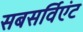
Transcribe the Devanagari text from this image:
सबसर्विएंट